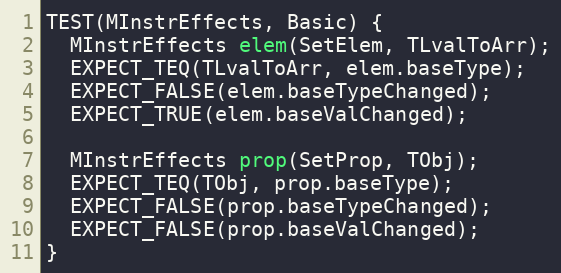
Language: C++
TEST(MInstrEffects, Basic) {
  MInstrEffects elem(SetElem, TLvalToArr);
  EXPECT_TEQ(TLvalToArr, elem.baseType);
  EXPECT_FALSE(elem.baseTypeChanged);
  EXPECT_TRUE(elem.baseValChanged);

  MInstrEffects prop(SetProp, TObj);
  EXPECT_TEQ(TObj, prop.baseType);
  EXPECT_FALSE(prop.baseTypeChanged);
  EXPECT_FALSE(prop.baseValChanged);
}